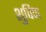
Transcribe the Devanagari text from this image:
शुपिण